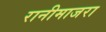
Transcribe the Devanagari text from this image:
रानीमाजरा